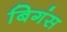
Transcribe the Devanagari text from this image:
बिगंस